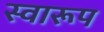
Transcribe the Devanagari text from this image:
स्वारूप